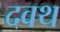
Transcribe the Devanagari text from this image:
दवथ